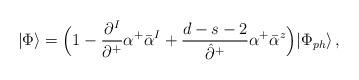
LaTeX: \begin{align*}|\Phi\rangle=\Bigl(1-\frac{\partial^I}{\partial^+}\alpha^+\bar{\alpha}^I+\frac{d-s-2}{\hat{\partial}^+}\alpha^+\bar{\alpha}^z\Bigr)|\Phi_{ph}\rangle\,,\end{align*}